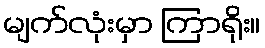
မျက်လုံးမှာ ကြာရိုး။